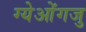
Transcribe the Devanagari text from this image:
ग्येओंगजु